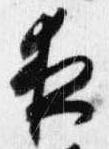
夜